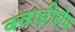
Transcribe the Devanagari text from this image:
क्वाड्रीसेप